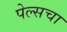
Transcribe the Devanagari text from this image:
पेल्सचा